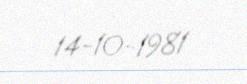
14-10-1981